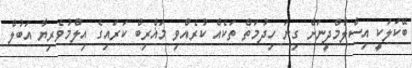
ބޭކަލަކީ އިސްލާމްދީނަށް ގިނަ ހިދުމަތް ތަކެއް ކުރެއްވި މަޣްރިބް ކަރައިގެ އިލްމުވެރިޔާ އަބުލް